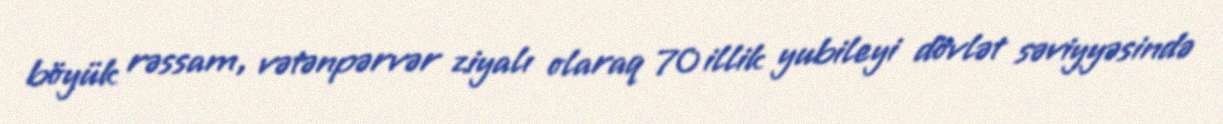
böyük rəssam, vətənpərvər ziyalı olaraq 70 illik yubileyi dövlət səviyyəsində